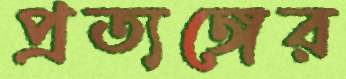
প্রত্যঙ্গের